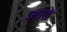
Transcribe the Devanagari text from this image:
आठें